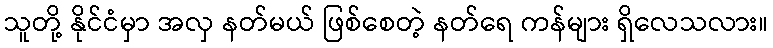
သူတို့ နိုင်ငံမှာ အလှ နတ်မယ် ဖြစ်စေတဲ့ နတ်ရေ ကန်များ ရှိလေသလား။